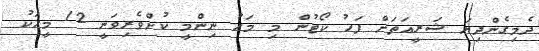
ދެމިގެންދިޔަ ޝަރީއަތަށް ފަހު ކޯޓުން މި މަހު ނިންމީ ކުށްވެރިވަނީ 12 މީހަކު